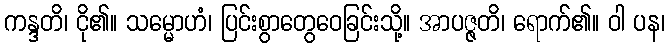
ကန္ဒတိ၊ ငို၏။ သမ္မောဟံ၊ ပြင်းစွာတွေဝေခြင်းသို့။ အာပဇ္ဇတိ၊ ရောက်၏။ ဝါ ပန၊